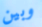
وبين